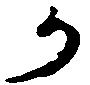
か